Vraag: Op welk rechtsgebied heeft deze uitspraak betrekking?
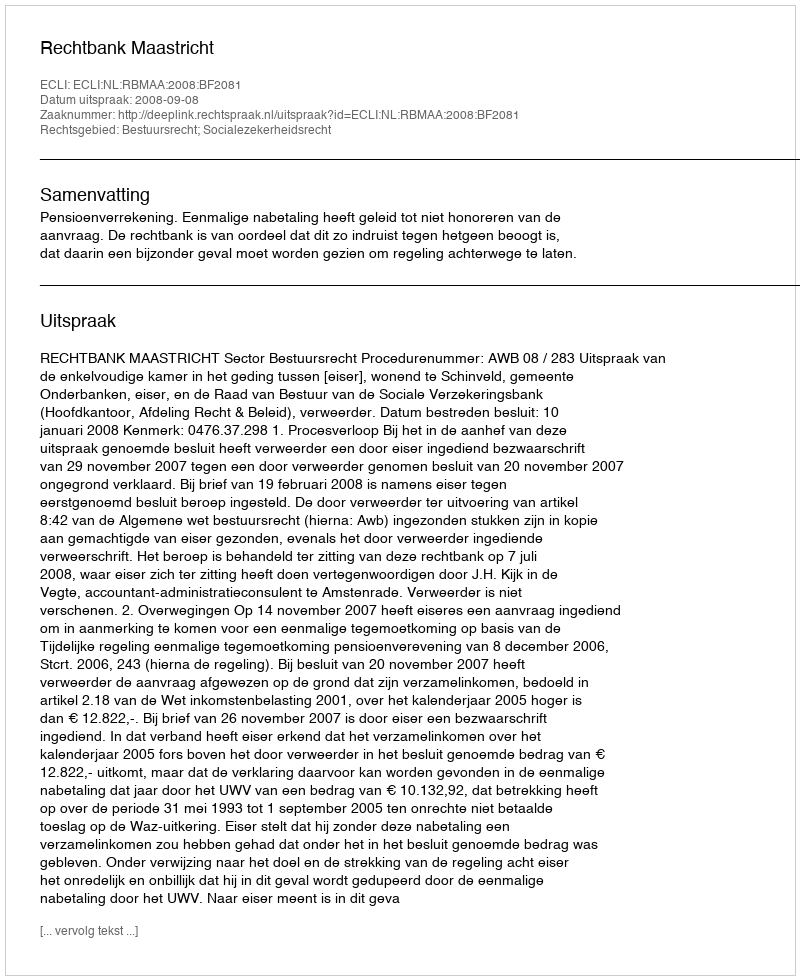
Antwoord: Bestuursrecht; Socialezekerheidsrecht